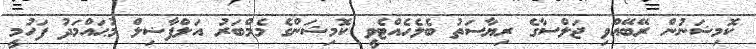
ކޮމިޝަނުން ރޭބޭއްވި ޖަލްސާގެ ރިޔާސަތު ބެލެހެއްޓެވީ ކޮމިޝަންގެ މެމްބަރު އަލްފާޟިލް މުޙައްމަދު ފަހުމީ